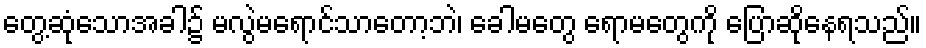
တွေ့ဆုံသောအခါ၌ မလွဲမရောင်သာတော့ဘဲ၊ ခေါမတွေ ရောမတွေကို ပြောဆိုနေရသည်။